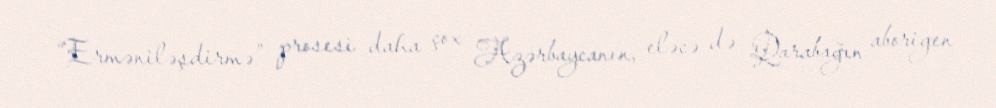
“Erməniləşdirmə” prosesi daha çox Azərbaycanın, eləcə də Qarabağın aborigen